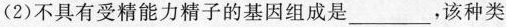
(2)不具有受精能力精子的基因组成是___，该种类